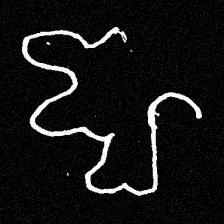
Pyu character \u2014 Myanmar letter: ဈ (romanized: jha)